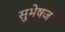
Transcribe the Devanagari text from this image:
सुभेषज